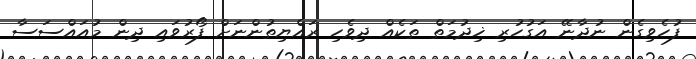
ފުހެވިގެން ނުދާނޭ އަގުހުރި ޚިދުމަތް ތަކެއް ދިވެހި ރައްޔިތުންނަށް ފޯރުވައި ދިން މުއައްސަސާ